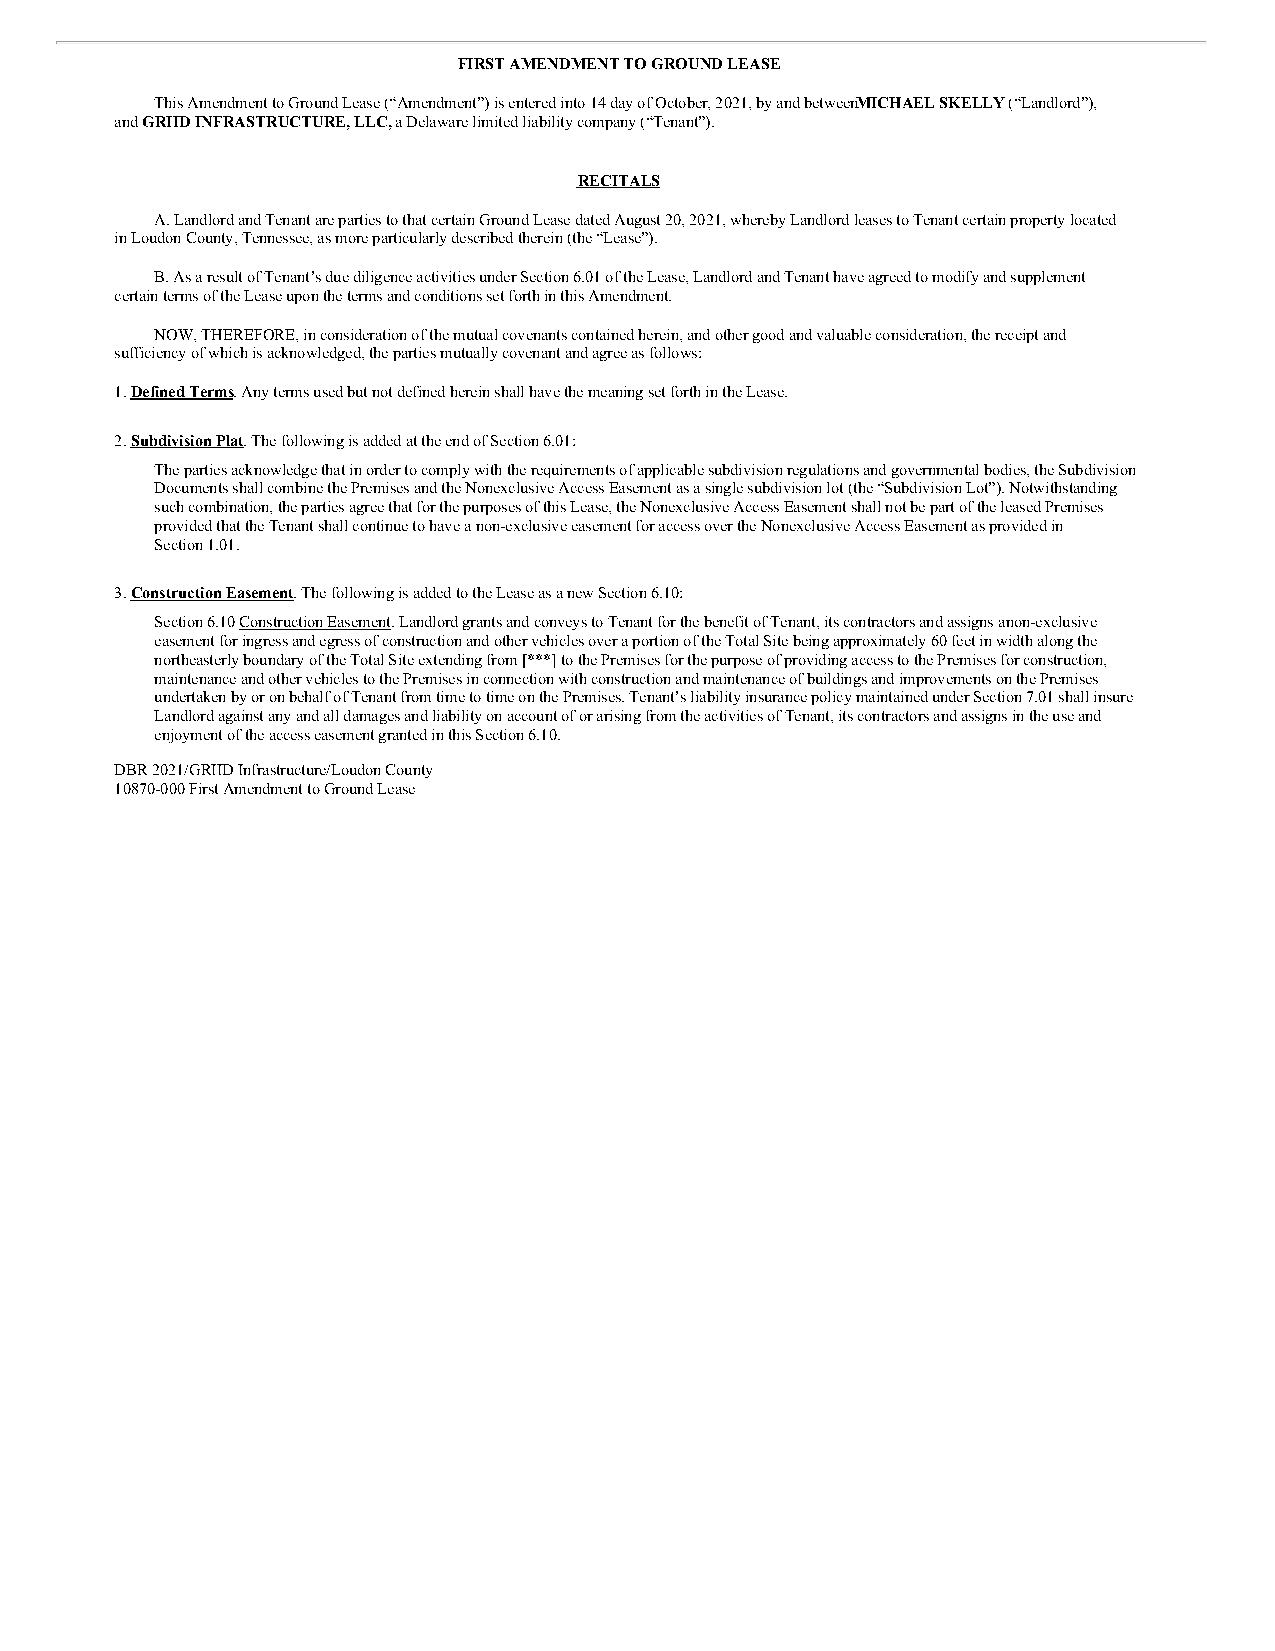
FIRST AMENDMENT TO GROUND LEASE
 This Amendment to Ground Lease (“Amendment”) is entered into 14 day of October, 2021, by and betweenM ICHAEL SKELLY (“Landlord”),
 and GRIID INFRASTRUCTURE, LLC, a Delaware limited liability company (“Tenant”).
 RECITALS
 A. Landlord and Tenant are parties to that certain Ground Lease dated August 20, 2021, whereby Landlord leases to Tenant certain property located
 in Loudon County, Tennessee, as more particularly described therein (the “Lease”).
 B. As a result of Tenant’s due diligence activities under Section 6.01 of the Lease, Landlord and Tenant have agreed to modify and supplement
 certain terms of the Lease upon the terms and conditions set forth in this Amendment.
 NOW, THEREFORE, in consideration of the mutual covenants contained herein, and other good and valuable consideration, the receipt and
 sufficiency of which is acknowledged, the parties mutually covenant and agree as follows:
 1. Defined Terms. Any terms used but not defined herein shall have the meaning set forth in the Lease.
 2. Subdivision Plat. The following is added at the end of Section 6.01:
 The parties acknowledge that in order to comply with the requirements of applicable subdivision regulations and governmental bodies, the Subdivision
 Documents shall combine the Premises and the Nonexclusive Access Easement as a single subdivision lot (the “Subdivision Lot”). Notwithstanding
 such combination, the parties agree that for the purposes of this Lease, the Nonexclusive Access Easement shall not be part of the leased Premises
 provided that the Tenant shall continue to have a non-exclusive easement for access over the Nonexclusive Access Easement as provided in
 Section 1.01.
 3. Construction Easement. The following is added to the Lease as a new Section 6.10:
 Section 6.10 Construction Easement. Landlord grants and conveys to Tenant for the benefit of Tenant, its contractors and assigns a non-exclusive
 easement for ingress and egress of construction and other vehicles over a portion of the Total Site being approximately 60 feet in width along the
 northeasterly boundary of the Total Site extending from [***] to the Premises for the purpose of providing access to the Premises for construction,
 maintenance and other vehicles to the Premises in connection with construction and maintenance of buildings and improvements on the Premises
 undertaken by or on behalf of Tenant from time to time on the Premises. Tenant’s liability insurance policy maintained under Section 7.01 shall insure
 Landlord against any and all damages and liability on account of or arising from the activities of Tenant, its contractors and assigns in the use and
 enjoyment of the access easement granted in this Section 6.10.
 DBR 2021/GRIID Infrastructure/Loudon County
 10870-000 First Amendment to Ground Lease